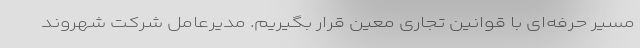
مسیر حرفه‌ای با قوانین تجاری معین قرار بگیریم. مدیرعامل شرکت شهروند